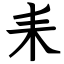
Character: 耒